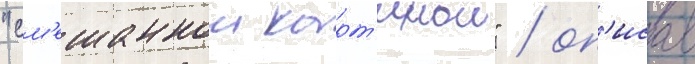
"см'ешаннои карт'инои" / оп'исав